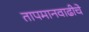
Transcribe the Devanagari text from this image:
तापमानवाढीचे